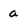
Character: a